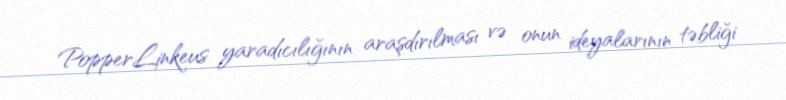
PopperLinkeus yaradıcılığının araşdırılması və onun ideyalarının təbliği